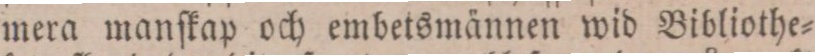
mera manſkap och embetsmännen wid Bibliothe=